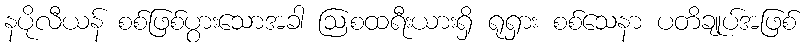
နပိုလီယန် စစ်ဖြစ်ပွားသောအခါ ဩစထရီးယားရှိ ရုရှား စစ်သေနာ ပတိချုပ်အဖြစ်